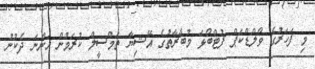
މި ފަހަރުގެ ވޯލްޑްކަޕް ފުޓްބޯޅަ މުބާރާތުގެ އޭޝިޔާ ތަމްސީލް ކުރަމުން އަންނަ ދެކުނު